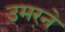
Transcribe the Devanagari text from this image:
उमरने